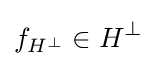
f_{H^{\bot }}\in H^{\bot }